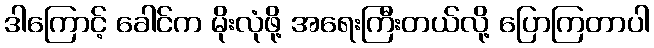
ဒါကြောင့် ခေါင်က မိုးလုံဖို့ အရေးကြီးတယ်လို့ ပြောကြတာပါ